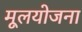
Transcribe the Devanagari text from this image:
मूलयोजना